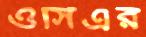
ওসিএর